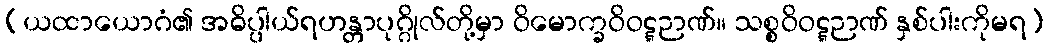
(ယထာယောဂံ၏ အဓိပ္ပါယ်ရဟန္တာပုဂ္ဂိုလ်တို့မှာ ဝိမောက္ခဝိဝဋ္ဋဉာဏ်။ သစ္စဝိဝဋ္ဋဉာဏ် နှစ်ပါးကိုမရ)